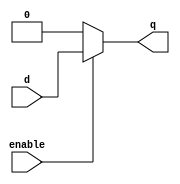
module dlatch_no_reset(input d, input enable,output reg q);
always@(*)
if(!enable) begin
q=0;
end
else
begin
q<=d;
end
endmodule